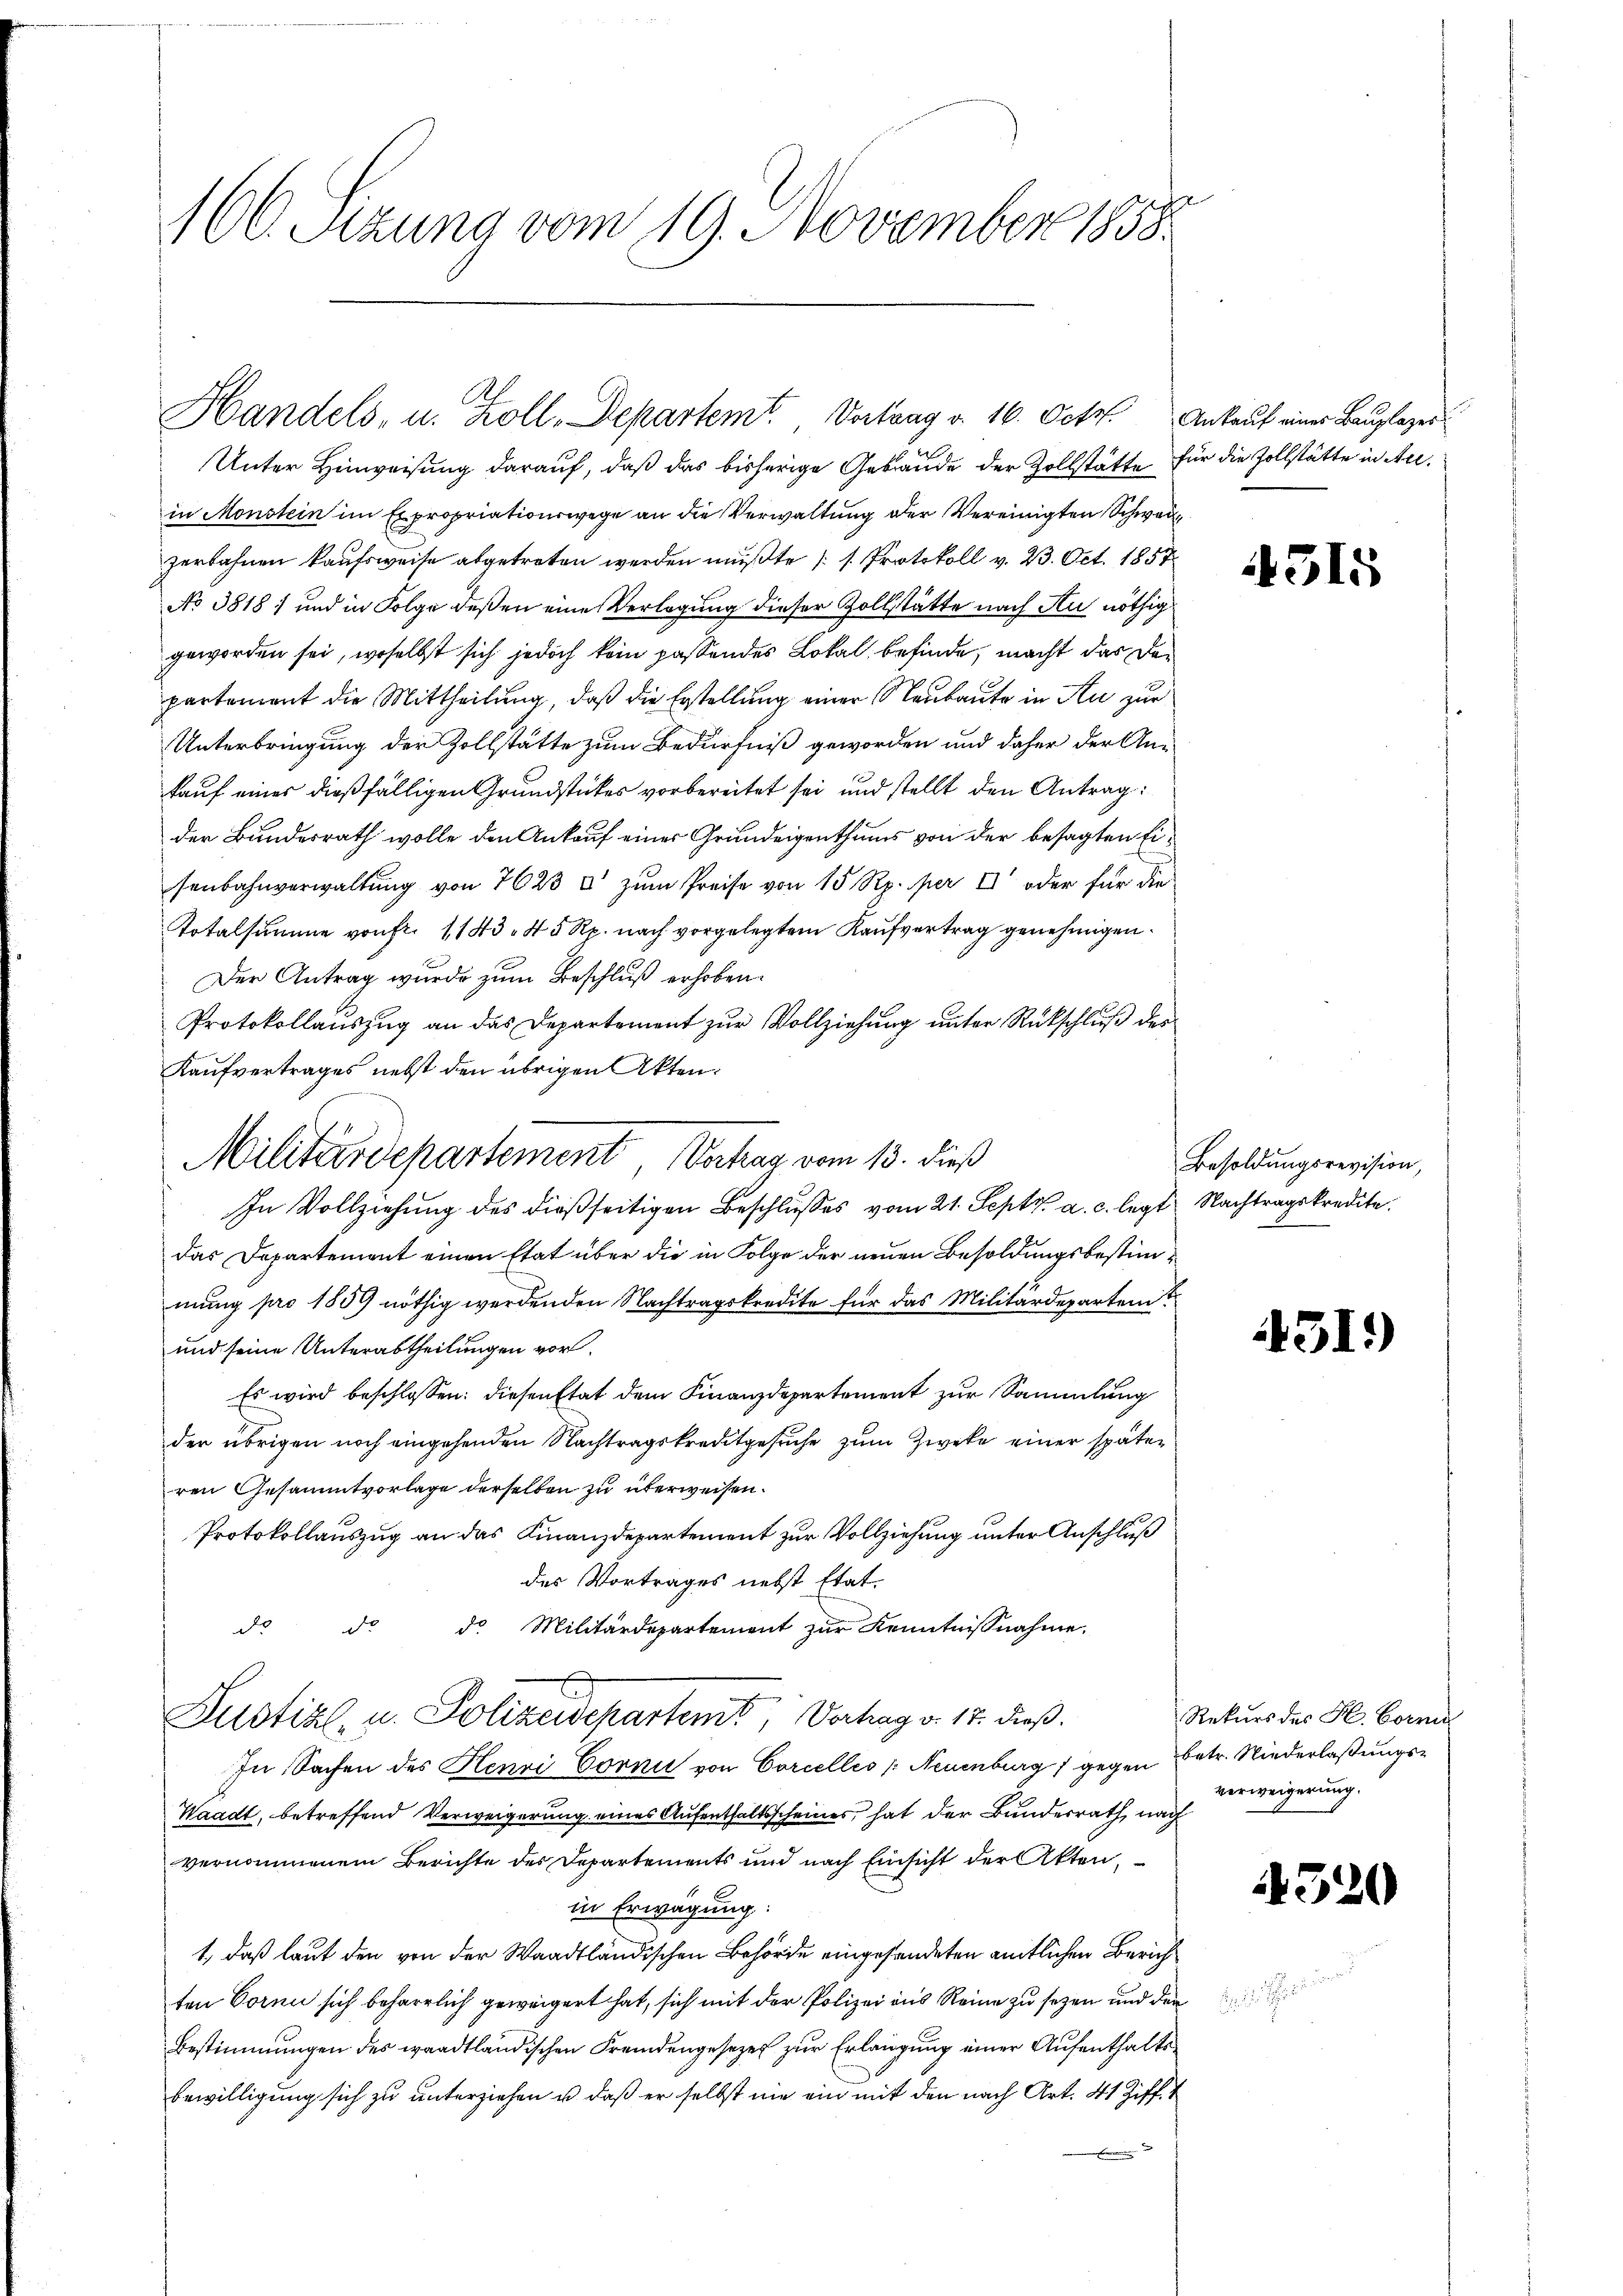
166. Sizung vom 19. November 1858.

.
Handels- u. Koll-Departemt. Vortrag v. 16. Octo. Ankauf eines Bauplazes¬

Unter Hinweisung darauf, daß das bisherige Gebäude der Zollstätte für die Zollstätte in Acin Monstein im Expropriationswege an die Verwaltung der Vereinigten Schwei
zerbahnen kaufsweise abgetreten werden mußte (s. Protokoll v. 23. Oct. 1857
No 3818) und in Folge deßen eine Verlegung dieser Vollstätte nach Au nöthig
geworden sei, woselbst sich jedoch kein passendes Lokal, befinde, macht das Departement die Mittheilung, daß die Erstellung einer Neubaute in Au zur
Unterbringung der Zollstätte zum Bedürfniß geworden und daher der Ankauf eines dießfälligen Grundstückes vorbereitet sei und stellt den Antrag:
der Bundesrath wolle den Ankauf einer Grundeigenthums von der besagten Eisenbahnverwaltung von 7623 & zum Preise von 15 Rp. per II oder für die
Totalsumme von fr. 1143. 45 Rp. nach vorgelegtem Kaufvertrag genehmigen.
Der Antrag wurde zum Beschluß erhoben.
Protokollauszug an das Departement zur Vollziehung unter Rückschluß des
Kaufvertrages nebst den übrigen Akten.
In Vollziehung des dießseitigen Beschlusses vom 21. Sept. a. c. legt Nachtragskredite.
das Departement einen Etat über die in Folge der neuen Besoldungsbestimmung pro 1859 nöthig werdenden Nachtragskredite für das Militärdepartem
und seine Unterabtheilungen vor.
Es wird beschlossen: diesen Etat dem Finanzdepartement zur Sammlung
der übrigen noch eingehenden Nachtragskreditgesuche zum Zweke einer später
ren Gesammtvorlage derselben zu überweisen.
Protokollauszug an das Finanzdepartement zur Vollziehung unter Anschluß
des Vortrages nebst Etat.
d. d. d. Militärdepartement zur Kenntnisnahme.
Justizl, u. Polizeidepartent, Vertrag v. 17. dieß.
In Sachen des Henri Corni von Corcelles /: Neuenburg 1 gegen Betr. Niederlaßungs¬
Waadt, betreffend Verweigerung eines Aufenthaltsscheines, hat der Bundesrath, nach
vernommenem Berichte des Departements und nach Einsicht der Akten,
in Erwägung.
1, daß laut den von der Waadtländischen Behörde eingesandeten amtlichen Zürichten Corni sich beharrlich geweigert hat, sich mit der Polizei aus Reine zu sezen und den
Bestimmungen des waadtländischen Fremdengesezes zur Erlangung einer Aufenthaltsbewilligung sich zu unterziehen u. daß er selbst nie ein mit den nach Art. 41 Ziff. 1

Militärdepartement, Vertrag vom 13. dieß

4315

Besoldungsrevision,

51.)

Rekurs des H. Born
verweigerung.

1320